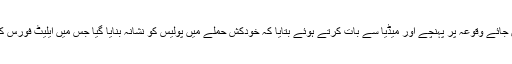
آئی جی پنجاب کیپٹن (ر) عارف نواز خان جائے وقوعہ پر پہنچے اور میڈیا سے بات کرتے ہوئے بتایا کہ خودکش حملے میں پولیس کو نشانہ بنایا گیا جس میں ایلیٹ فورس کے 3 جوانوں سمیت 10 افراد شہید ہوئے۔